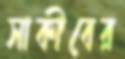
সাকীবের